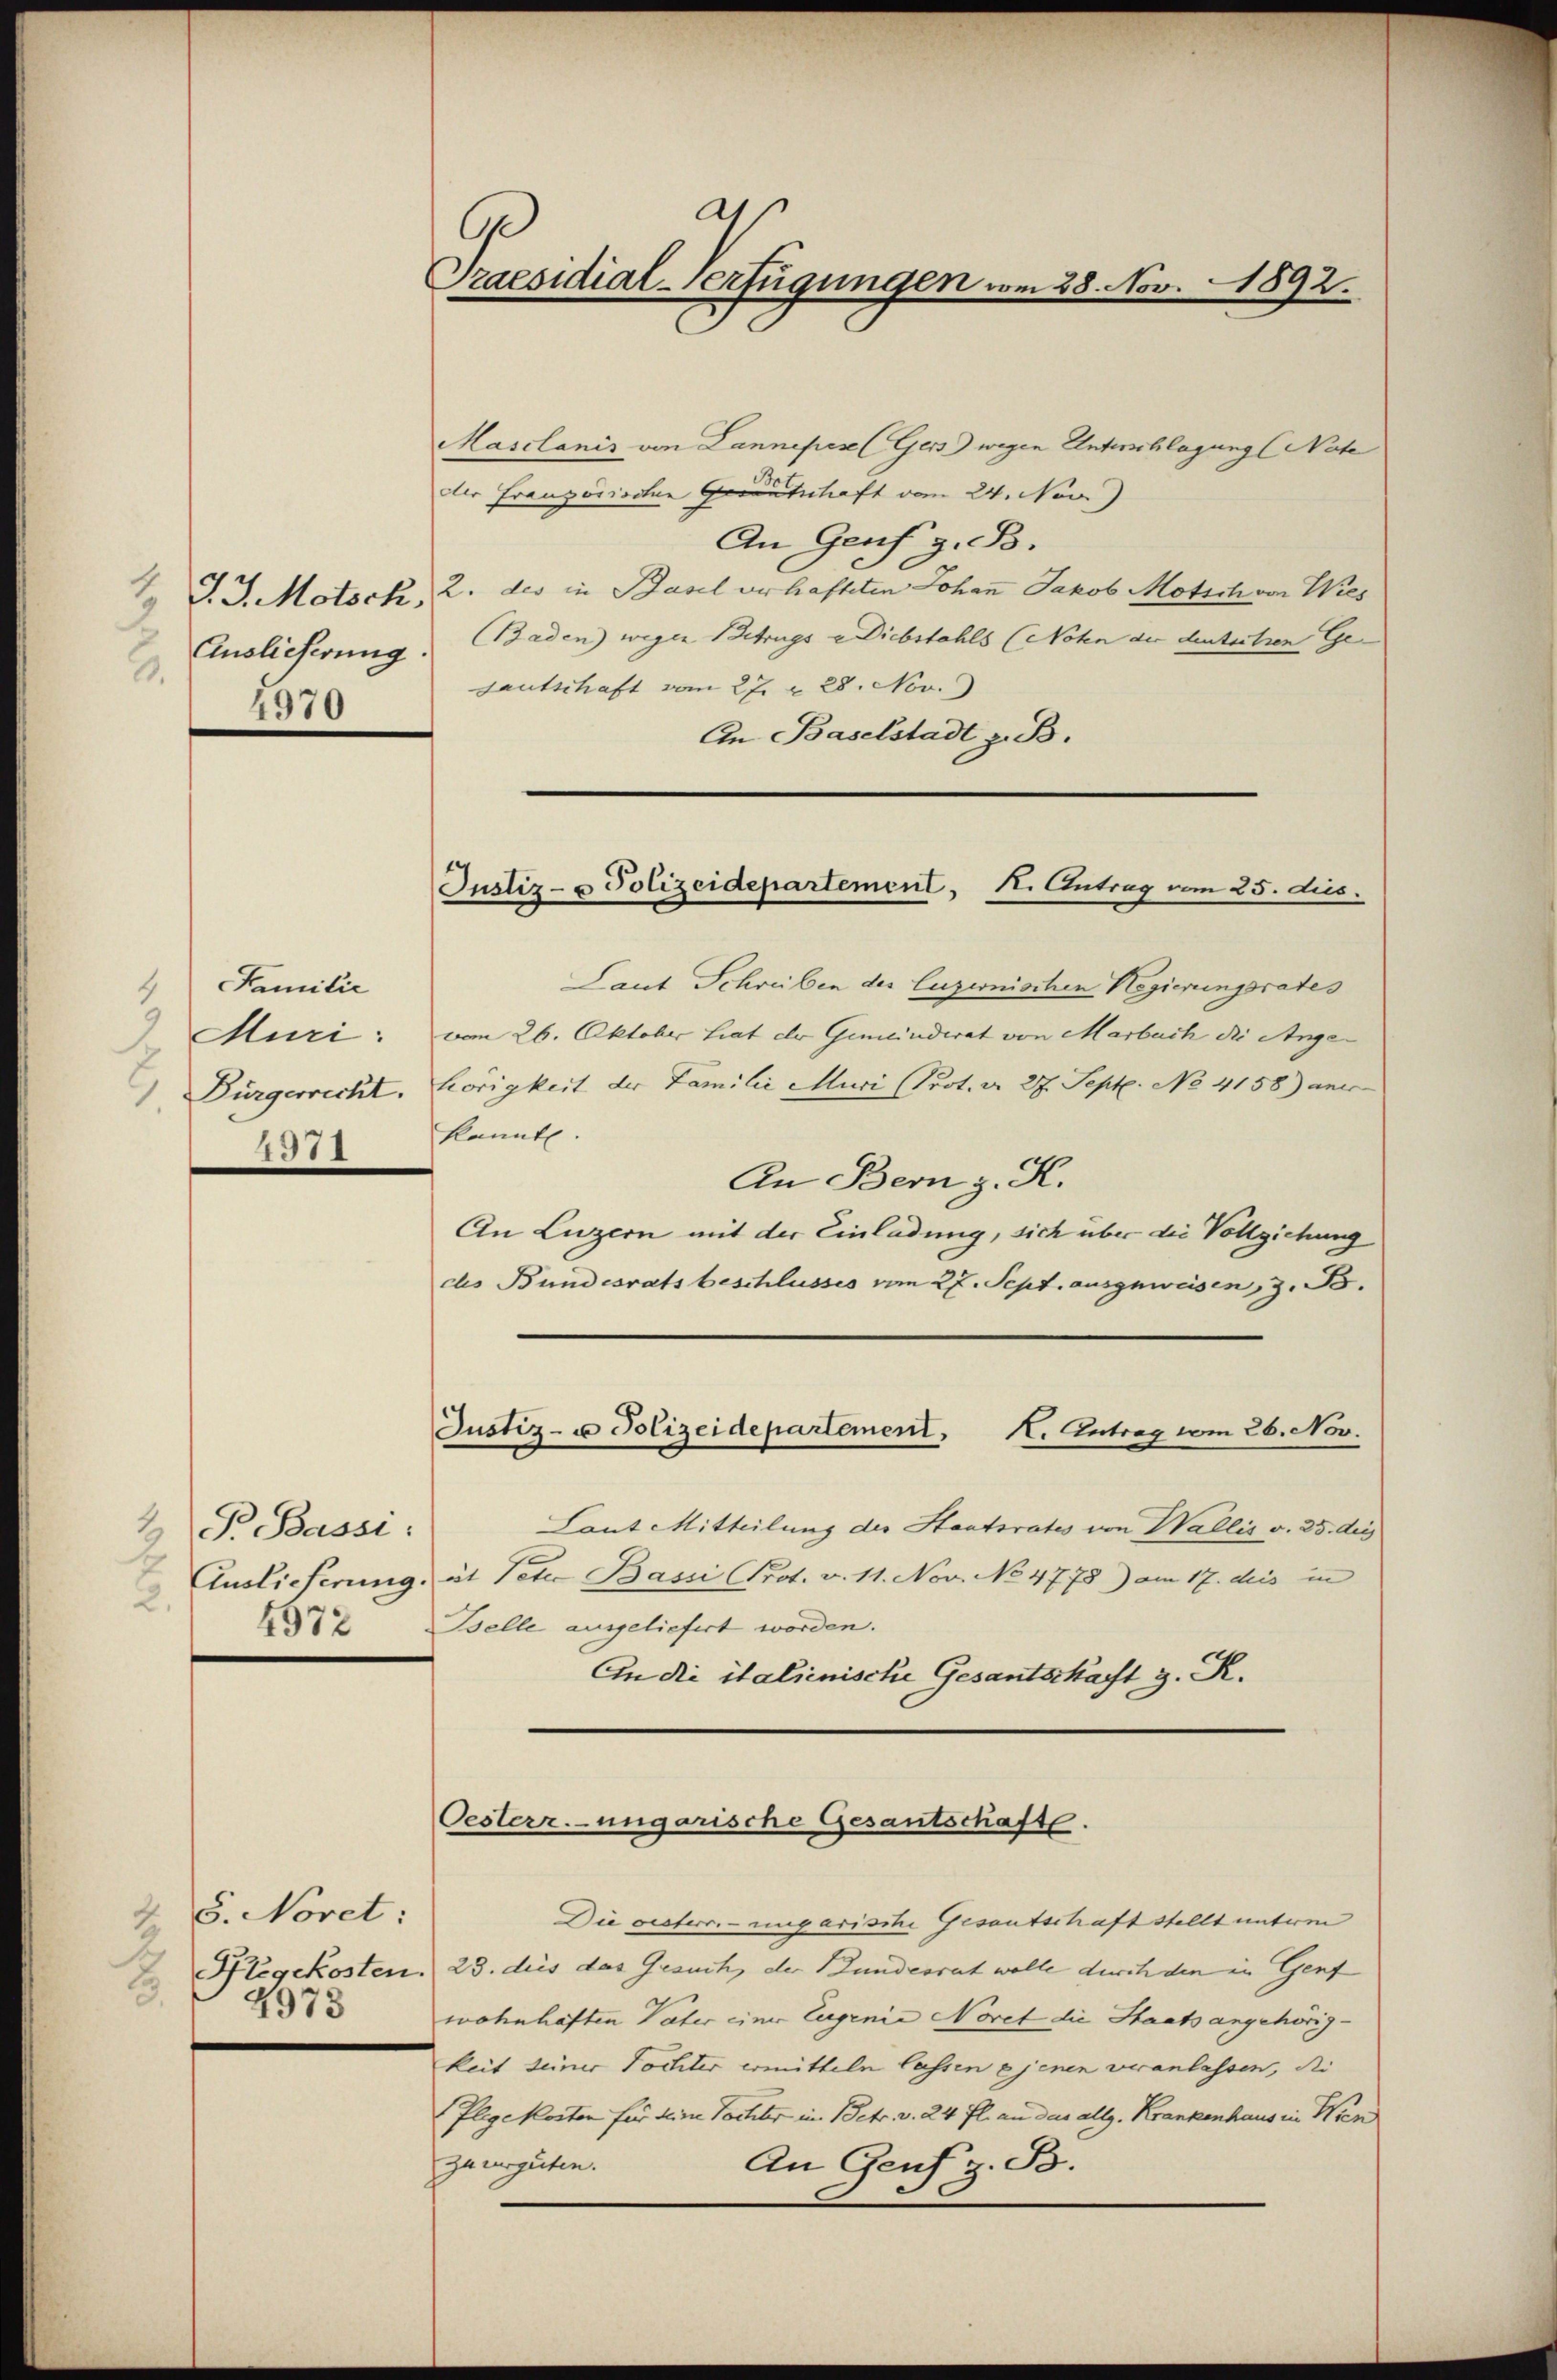
4 J. J. Motsch,
Einslicherung
2.
4970

Familie
Muri:
Bürgerrecht.
2.
1311

Pr. Bassi:
Auslieferung.
2.
4972

Z 8. Noret:
8
4973

a
Ge
Praesidial-Verfügungen vom 28. Nov. 1892.

Maschanis von Lannepen (Gers) wegen Unterschlagung (Nate
der Französischen entschaft vom 24. Nov
An Genf z. B.
2. des in Basel verhafteten Johann Jakob Motich von Wies
Baden wegen Betrugs - Diebstahls (Noten der deutertien Ge-
sautschaft vom 27. v. 28. Nov.
An Baselstadt z. B.
Laut Schreiben des Luzionischen Regierungsrates
vom 26. Oktober hat der Gemeindrat von Marbuch die Ange-
hörigkeit der Familie Muri (Prot. d. 27. Sept. No 4158) aner
kannt.
An Bern z. R.
An Luzern mit der Einladung, sich über die Vollziehung
des Bundesrats beschlusses vom 27. Sept. ausgeweisen, z. B.
Justiz- u Polizeidepartement, H. Antrag vom 26. Nov.
Laut Mitteilung der Hantsrates von Wallis v. 25. die
ät Peter Basii Prot. v. 11. Nov. No 4778) am 17. dies in
Belle ausgeliefert worden.
An die italienische Gesantschaft z. R.

Justiz- & Polizeidepartement, 1. Antrag vom 25. dus.

Oesterr.-ungarische Gesantschaft.

Die vesterr.-ungarische Gesantschaftstellt unterm
Pflegekosten. 23. dies das Gesuch, der Bundesrat wolle durch den in Genf
wohnhaften Vater einer Eugenie Noret die Staats angehörig-
keit seiner Tochter ermitteln lassen jenen veranlassen, die
Flegekosten für deine Tochter in Betr. v. 24 fl. an das allg. Krankenhaus in Wien
zu verguten.
An Genf z. B.